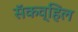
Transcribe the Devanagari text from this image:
सॅकव्हिल